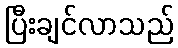
ပြီးချင်လာသည်